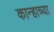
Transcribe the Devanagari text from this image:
कान्हाच्या